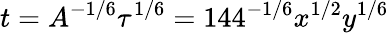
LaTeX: t=A^{-1/6}\tau^{1/6}=144^{-1/6}x^{1/2}y^{1/6}